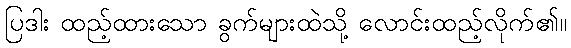
ပြဒါး ထည့်ထားသော ခွက်များထဲသို့ လောင်းထည့်လိုက်၏။